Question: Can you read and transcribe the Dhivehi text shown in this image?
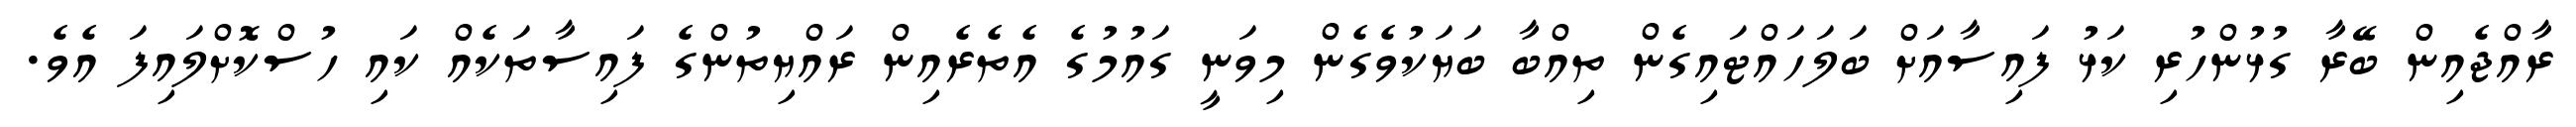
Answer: ރާއްޖެއިން ބޭރާ ގުޅުންހުރި ކަޅު ފައިސާއަށް ބަލަހައްޓައިގެން ތިއްބާ ބަޔަކުވެގެން މިވަނީ ގައުމުގެ އެތެރެއިން ރައްޔިތުންގެ ފައިސާތަކެއް ކައި ހުސްކޮށްލައިފަ އެވެ.